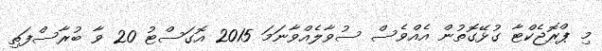
މި ޕްރޮޖެކްޓާ ގުޅޭގޮތުން އެއްވެސް ސުވާލެއްވާނަމަ 2015 އޮގަސްޓު 20 ވާ ބުރާސްފަތި